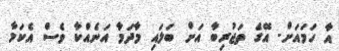
އާ ހަމައަށް. އޭގެ ތަޖުރިބާ އަށް ބަލައި މާދަމާ އަނެއްކާ ވެސް އެކަމާ